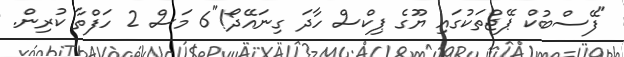
"ފޭސްބުކް ޕޭޖްތަކުގައި ޔޫގެ ޕިކްސް ހާދަ ގިނައޭދޯ!"6 މަސް 2 ހަފްތާ ކުރިން.